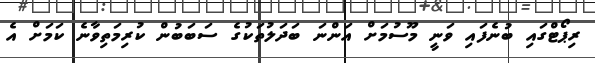
ރިޕޯޓްގައި ބުނެފައި ވަނީ މޫސުމަށް އަންނަ ބަދަލުތަކުގެ ސަބަބުން ކުރިމަތިވާނެ ކަމަށް އެ